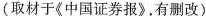
(取材于《中国证券报》有删改